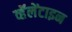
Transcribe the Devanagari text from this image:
व्हॅलेंटाइन